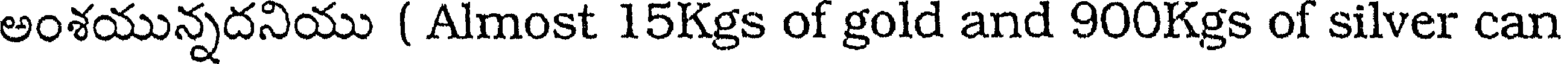
అంశయున్నదనియు ( Almost 15Kgs of gold and 900Kgs of silver can